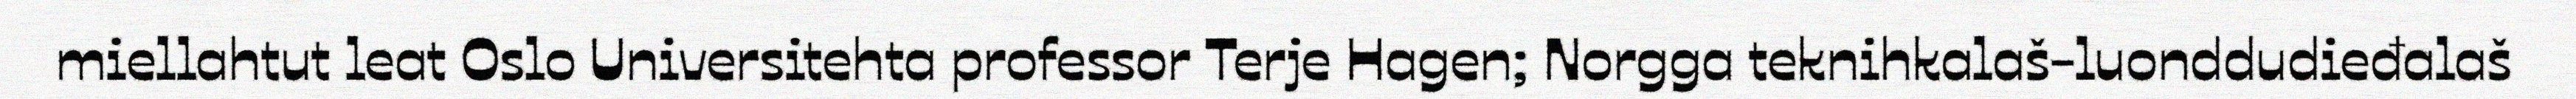
miellahtut leat Oslo Universitehta professor Terje Hagen; Norgga teknihkalaš-luonddudieđalaš